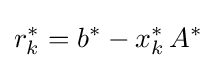
r_{k}^{*}=b^{*}-x_{k}^{*}\,A^{*}